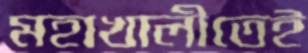
মহাখালীতেই